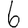
Digit: 6